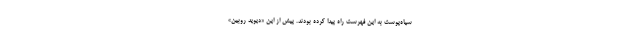
سیاه‌پوست به این فهرست راه پیدا کرده بودند. پیش از این «دیوید روبین»